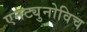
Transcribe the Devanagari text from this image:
एनट्युनोविच